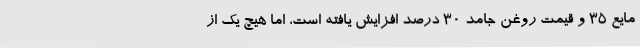
مایع ۳۵ و قیمت روغن جامد ۳۰ درصد افزایش یافته است، اما هیچ یک از